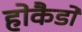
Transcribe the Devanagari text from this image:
होकैडो